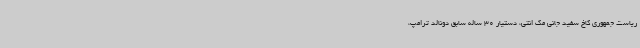
ریاست جمهوری کاخ سفید جانی مک انتی، دستیار 30 ساله سابق دونالد ترامپ،